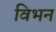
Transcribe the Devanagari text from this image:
विभन